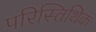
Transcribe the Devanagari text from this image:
परिस्तिथिक